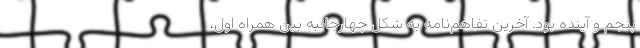
پنجم و آینده بود. آخرین تفاهم‌نامه به شکل چهارجانبه بین همراه اول،